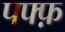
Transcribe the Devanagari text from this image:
पफ्फ़